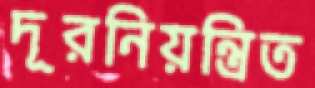
দূরনিয়ন্ত্রিত